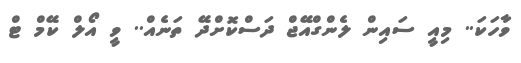
ވާހަކަ.. މިއީ ސައިން ލެންގްއޭޖް ދަސްކޮށްދޭ ތަނެއް.. ވީ އޯލް ކޭމް ޓް